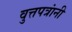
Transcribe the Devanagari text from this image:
वुत्तपत्रांनी